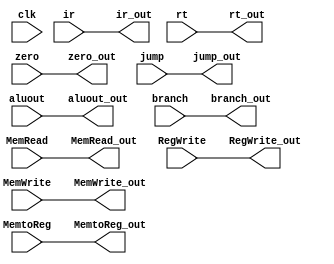
`timescale 1ns / 1ps
//////////////////////////////////////////////////////////////////////////////////
// Company: 
// Engineer: 
// 
// Design Name: 
// Module Name: IF_ID MEM
// Project Name: 
// Target Devices: 
// Tool Versions: 
// Description: 
// 
// Dependencies: 
// 
// Revision:
// Revision 0.01 - File Created
// Additional Comments:
// 
//////////////////////////////////////////////////////////////////////////////////


module EX_MEM(
    input clk,
    input [31:0] ir,
    input [31:0] aluout,
    input zero,
    input [31:0] rt,
    
    input  jump, branch,
	input  RegWrite,
	input  MemWrite,
	input  MemRead,
	input  MemtoReg,
    
    output [31:0] ir_out,
    output [31:0] aluout_out,
    output zero_out,
    output [31:0] rt_out,
    
    output  jump_out, branch_out,
	output  RegWrite_out,
	output  MemWrite_out,
	output  MemRead_out,
    output  MemtoReg_out
    
    );
    
    reg [31:0] mem[2:0];
    reg mem0;
    reg control_mem [5:0];
    
    always @(*)
    begin
         mem[0] = ir;
         mem[1] = aluout;
         mem[2] = rt;
         mem0 = zero;
         
         control_mem[0] = jump;
         control_mem[1] = branch;
         control_mem[2] = RegWrite;
         control_mem[3] = MemWrite;
         control_mem[4] = MemRead;
         control_mem[5] = MemtoReg;
    end
    
    assign ir_out = mem[0];
    assign aluout_out = mem[1];
    assign rt_out = mem[2];
    assign zero_out = mem0;
    
    assign jump_out = control_mem[0];
    assign branch_out = control_mem[1];
    assign RegWrite_out = control_mem[2];
    assign MemWrite_out = control_mem[3];
    assign MemRead_out = control_mem[4];
    assign MemtoReg_out = control_mem[5];
    
        
endmodule